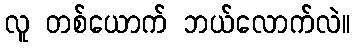
လူ တစ်ယောက် ဘယ်လောက်လဲ။